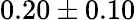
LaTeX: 0.20\pm 0.10